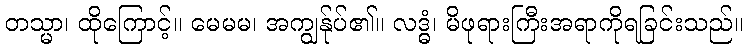
တသ္မာ၊ ထိုကြောင့်။ မေမမ၊ အကျွန်ုပ်၏။ လဒ္ဓံ၊ မိဖုရားကြီးအရာကိုရခြင်းသည်။